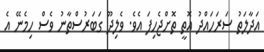
އަދާލަތު ސަރަހައްދު އޮތީ ތޮށްޖެހިފަ އެވެ. ވެލިދޫ ގަބަރުސްތާނު ވެސް ހިމެނޭ އެ